Vaccine operations Central Provinces 1886-1899 - 1886-1899
Year: 1886
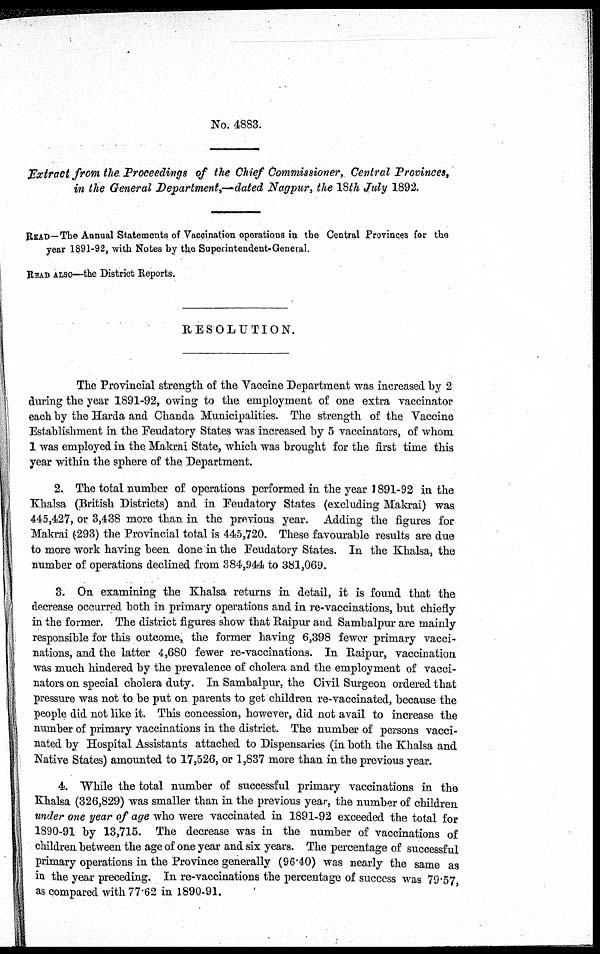
No. 4883.
Extract from the Proceedings of the Chief Commissioner, Central Provinces,
in the General Department,— dated Nagpur, the 18th July 1892.
READ—The Annual Statements of Vaccination operations in the Central Provinces for the
year 1891-92, with Notes by the Superintendent-General.
READ ALSO—the District Reports.
RESOLUTION.
The Provincial strength of the Vaccine Department was increased by 2
during the year 1891-92, owing to the employment of one extra vaccinator
each by the Harda and Chanda Municipalities. The strength of the Vaccine
Establishment in the Feudatory States was increased by 5 vaccinators, of whom
1 was employed in the Makrai State, which was brought for the first time this
year within the sphere of the Department.
2. The total number of operations performed in the year 1891-92 in the
Khalsa (British Districts) and in Feudatory States (excluding Makrai) was
445,427, or 3,438 more than in the previous year. Adding the figures for
Makrai (293) the Provincial total is 445,720. These favourable results are due
to more work having been done in the Feudatory States. In the Khalsa, the
number of operations declined from 384,944 to 381,069.
3. On examining the Khalsa returns in detail, it is found that the
decrease occurred both in primary operations and in re-vaccinations, but chiefly
in the former. The district figures show that Raipur and Sambalpur are mainly
responsible for this outcome, the former having 6,398 fewer primary vacci-
nations, and the latter 4,680 fewer re-vaccinations. In Raipur, vaccination
was much hindered by the prevalence of cholera and the employment of vacci-
nators on special cholera duty. In Sambalpur, the Civil Surgeon ordered that
pressure was not to be put on parents to get children re-vaccinated, because the
people did not like it. This concession, however, did not avail to increase the
number of primary vaccinations in the district. The number of persons vacci-
nated by Hospital Assistants attached to Dispensaries (in both the Khalsa and
Native States) amounted to 17,526, or 1,837 more than in the previous year.
4. While the total number of successful primary vaccinations in the
Khalsa (326,829) was smaller than in the previous year, the number of children
under one year of age who were vaccinated in 1891-92 exceeded the total for
1890-91 by 13,715. The decrease was in the number of vaccinations of
children between the age of one year and six years. The percentage of successful
primary operations in the Province generally (96.40) was nearly the same as
in the year preceding. In re-vaccinations the percentage of success was 79.57
as compared with 77.62 in 1890-91.